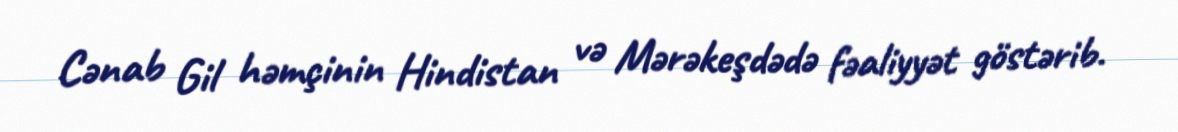
Cənab Gil həmçinin Hindistan və Mərəkeşdədə fəaliyyət göstərib.